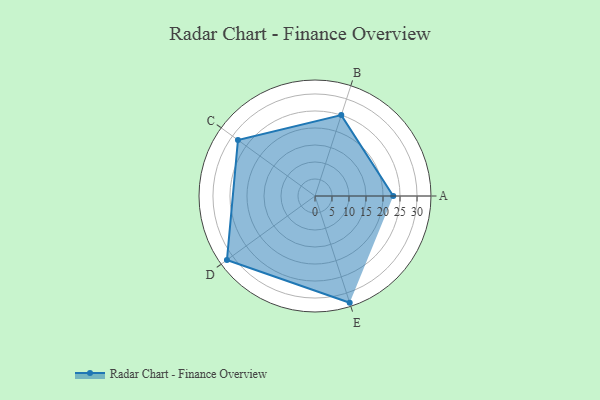
{"axis": {"x": "Skill", "y": "Score"}, "legend": ["Profile"], "data": [{"x": "A", "y": 23.0, "type": "Profile"}, {"x": "B", "y": 25.0, "type": "Profile"}, {"x": "C", "y": 28.0, "type": "Profile"}, {"x": "D", "y": 32.0, "type": "Profile"}, {"x": "E", "y": 33.0, "type": "Profile"}]}